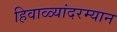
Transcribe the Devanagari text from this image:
हिवाळ्यांदरम्यान